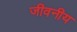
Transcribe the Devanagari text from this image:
जीवनीय